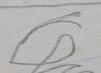
Signature authenticity: forged